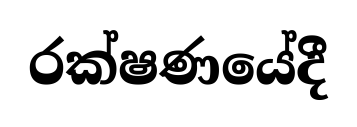
රක්ෂණයේදී